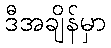
ဒီအချိန်မှာ